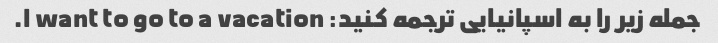
جمله زیر را به اسپانیایی ترجمه کنید: I want to go to a vacation.